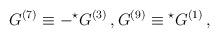
LaTeX: \begin{align*}G^{(7)} \equiv - {}^\star G^{(3)}\, , G^{(9)} \equiv {}^\star G^{(1)}\,,\end{align*}